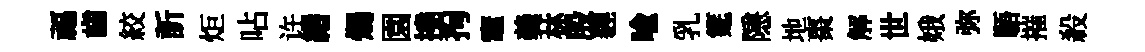
福齒絞訢炬呫许緡燭園撓拘竈羮林殷貍喩乳筵隱地棗解世娥弥䮏摧殺